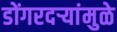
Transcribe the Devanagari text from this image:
डोंगरदऱ्यांमुळे